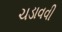
ચડાવવી